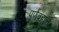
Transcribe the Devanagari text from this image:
पूर्णब्रह्मचे